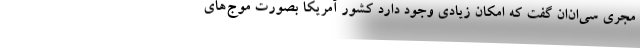
مجری سی‌ان‌ان گفت که امکان زیادی وجود دارد کشور آمریکا بصورت موج‌های